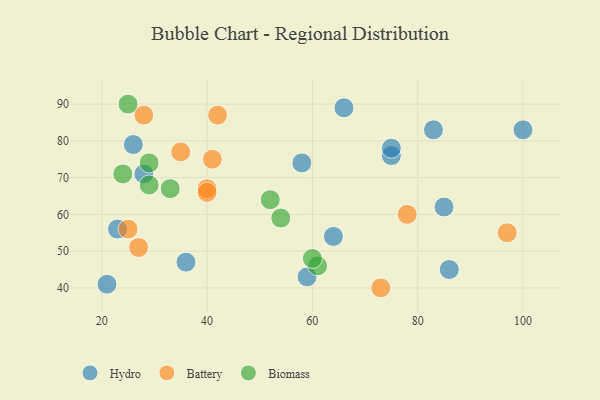
{"axis": {"x": "GDP", "y": "Life Expectancy"}, "legend": ["Battery", "Biomass", "Hydro"], "data": [{"x": "28", "y": 71, "type": "Hydro"}, {"x": "100", "y": 83, "type": "Hydro"}, {"x": "59", "y": 43, "type": "Hydro"}, {"x": "66", "y": 89, "type": "Hydro"}, {"x": "85", "y": 62, "type": "Hydro"}, {"x": "36", "y": 47, "type": "Hydro"}, {"x": "23", "y": 56, "type": "Hydro"}, {"x": "58", "y": 74, "type": "Hydro"}, {"x": "83", "y": 83, "type": "Hydro"}, {"x": "21", "y": 41, "type": "Hydro"}, {"x": "26", "y": 79, "type": "Hydro"}, {"x": "64", "y": 54, "type": "Hydro"}, {"x": "75", "y": 76, "type": "Hydro"}, {"x": "75", "y": 78, "type": "Hydro"}, {"x": "86", "y": 45, "type": "Hydro"}, {"x": "27", "y": 51, "type": "Battery"}, {"x": "25", "y": 56, "type": "Battery"}, {"x": "97", "y": 55, "type": "Battery"}, {"x": "78", "y": 60, "type": "Battery"}, {"x": "40", "y": 67, "type": "Battery"}, {"x": "42", "y": 87, "type": "Battery"}, {"x": "35", "y": 77, "type": "Battery"}, {"x": "28", "y": 87, "type": "Battery"}, {"x": "41", "y": 75, "type": "Battery"}, {"x": "40", "y": 66, "type": "Battery"}, {"x": "73", "y": 40, "type": "Battery"}, {"x": "25", "y": 90, "type": "Biomass"}, {"x": "29", "y": 74, "type": "Biomass"}, {"x": "61", "y": 46, "type": "Biomass"}, {"x": "24", "y": 71, "type": "Biomass"}, {"x": "60", "y": 48, "type": "Biomass"}, {"x": "52", "y": 64, "type": "Biomass"}, {"x": "29", "y": 68, "type": "Biomass"}, {"x": "54", "y": 59, "type": "Biomass"}, {"x": "33", "y": 67, "type": "Biomass"}]}